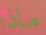
ماذا